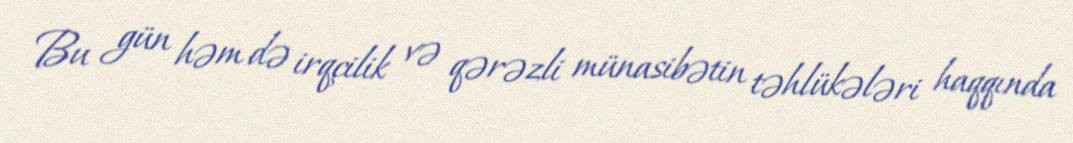
Bu gün həm də irqçilik və qərəzli münasibətin təhlükələri haqqında